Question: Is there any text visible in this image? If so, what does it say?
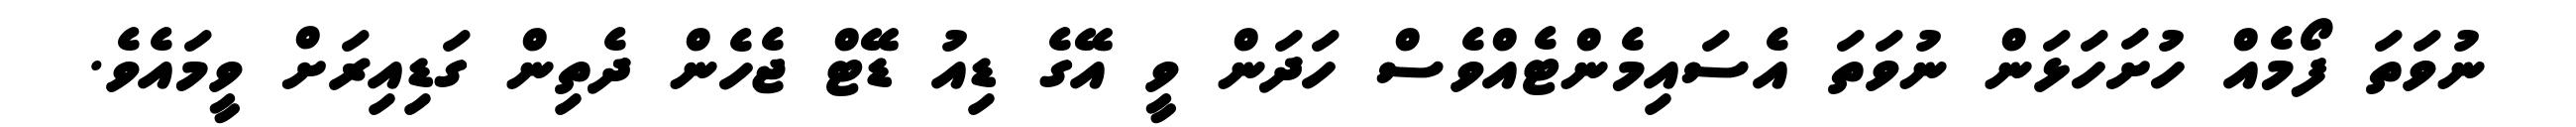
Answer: ނުވަތަ ފޯމެއް ހުށަހަޅަން ނުވަތަ އެސައިމެންޓެއްވެސް ހަދަން ވީ އޭގެ ޑިއު ޑޭޓް ޖެހެން ދެތިން ގަޑިއިރަށް ވީމައެވެ.